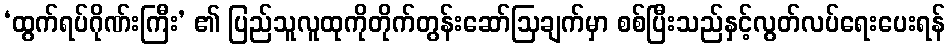
‘ထွက်ရပ်ဂိုဏ်းကြီး’ ၏ ပြည်သူလူထုကိုတိုက်တွန်းဆော်ဩချက်မှာ စစ်ပြီးသည်နှင့်လွတ်လပ်ရေးပေးရန်